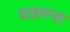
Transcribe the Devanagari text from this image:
पाळणऱ्या